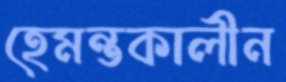
হেমন্তকালীন